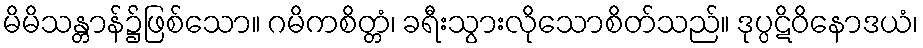
မိမိသန္တာန်၌ဖြစ်သော။ ဂမိကစိတ္တံ၊ ခရီးသွားလိုသောစိတ်သည်။ ဒုပ္ပဋိဝိနောဒယံ၊